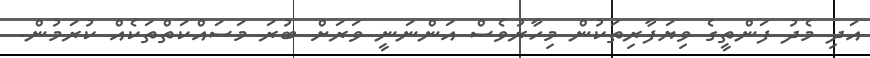
އަދި މެދު ފަންތީގެ ވިޔަފާރިތަކުން މިހާރުވެސް އަންނަނީ ވަރަށް ބުރަ މަސައްކަތްތަކެއް ކުރަމުން.